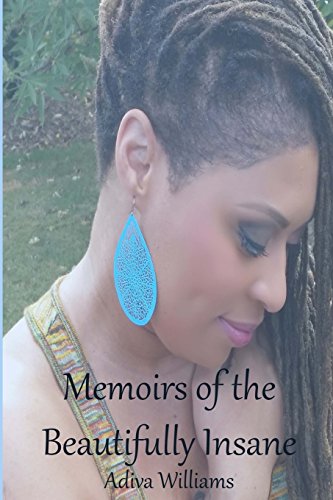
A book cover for Memoirs of the Beautifully Insane: An Intimate Collection of Poems, Letters & Reality Checks; Adiva Williams; Literature & Fiction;